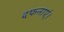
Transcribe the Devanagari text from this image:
दफनाएं।